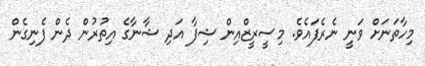
މިހާތަނަށް ވަނީ ނެރެފައެވެ. މިސީރީޒްއިން ޝިފާ އަދި ޝާނާގެ އިތުރުން ދެން ފެނިގެން